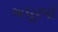
અધૂરપો